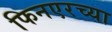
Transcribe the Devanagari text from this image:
फिनएरच्या